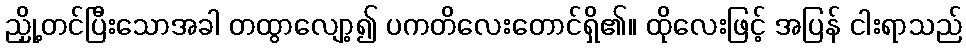
ညှို့တင်ပြီးသောအခါ တထွာလျော့၍ ပကတိလေးတောင်ရှိ၏။ ထိုလေးဖြင့် အပြန် ငါးရာသည်